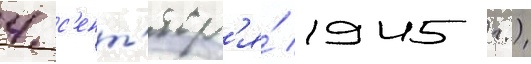
4 с'ент'ябр'я́ 1945 г.)